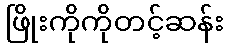
ဖြိုးကိုကိုတင့်ဆန်း